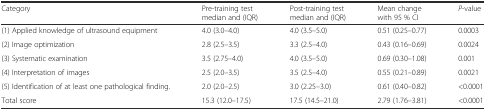
<table><thead><tr><td><b>Category</b></td><td><b>Pre-training test median and (IQR)</b></td><td><b>Post-training test median and (IQR)</b></td><td><b>Mean change with 95 % CI</b></td><td><b><i>P</i>-value</b></td></tr></thead><tbody><tr><td>(1) Applied knowledge of ultrasound equipment</td><td>4.0 (3.0–4.0)</td><td>4.0 (3.5–5.0)</td><td>0.51 (0.25–0.77)</td><td>0.0003</td></tr><tr><td>(2) Image optimization</td><td>2.8 (2.5–3.5)</td><td>3.3 (2.5–4.0)</td><td>0.43 (0.16–0.69)</td><td>0.0024</td></tr><tr><td>(3) Systematic examination</td><td>3.5 (2.75–4.0)</td><td>4.0 (3.5–5.0)</td><td>0.69 (0.30–1.08)</td><td>0.001</td></tr><tr><td>(4) Interpretation of images</td><td>2.5 (2.0–3.5)</td><td>3.5 (2.5–4.0)</td><td>0.55 (0.21–0.89)</td><td>0.0021</td></tr><tr><td>(5) Identification of at least one pathological finding.</td><td>2.0 (2.0–2.5)</td><td>3.0 (2.25–3.0)</td><td>0.61 (0.40–0.82)</td><td>&lt;0.0001</td></tr><tr><td>Total score</td><td>15.3 (12.0–17.5)</td><td>17.5 (14.5–21.0)</td><td>2.79 (1.76–3.81)</td><td>&lt;0.0001</td></tr></tbody></table>